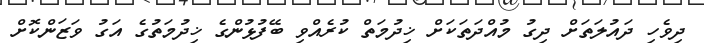
ދިވެހި ދައުލަތަށް ދިގު މުއްދަތަކަށް ޚިދުމަތް ކުރެއްވި ބޭފުޅުންގެ ޚިދުމަތުގެ އަގު ވަޒަންކޮށް